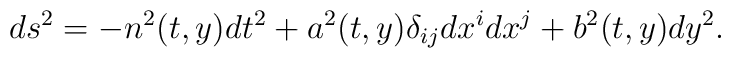
ds^2 = -n^2(t, y) dt^2 + a^2(t, y) \delta_{ij} dx^i dx^j + b^2(t, y) dy^2.